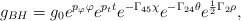
\begin{align*}\displaystyle{ g_{BH}=g_0 e^{ p_{\varphi} \varphi}e^{p_t t} e^{-\Gamma_{45}\chi}e^{-\Gamma_{24}\theta}e^{\frac{1}{2 } \Gamma_2 \rho}} ,\end{align*}